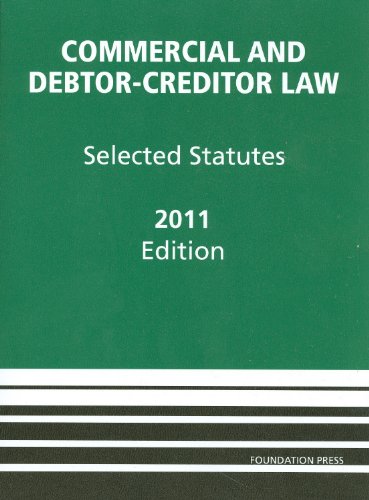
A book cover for Commercial and Debtor-Creditor Law: Selected Statutes, 2011; Douglas G. Baird; Law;